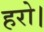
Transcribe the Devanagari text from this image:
हरो।